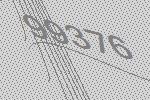
99376